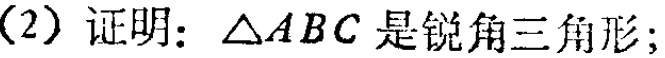
(2) 证明：$\triangle ABC$是锐角三角形；